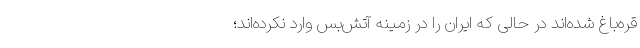
قره‌باغ شده‌اند در حالی که ایران را در زمینه آتش‌بس وارد نکرده‌اند؛